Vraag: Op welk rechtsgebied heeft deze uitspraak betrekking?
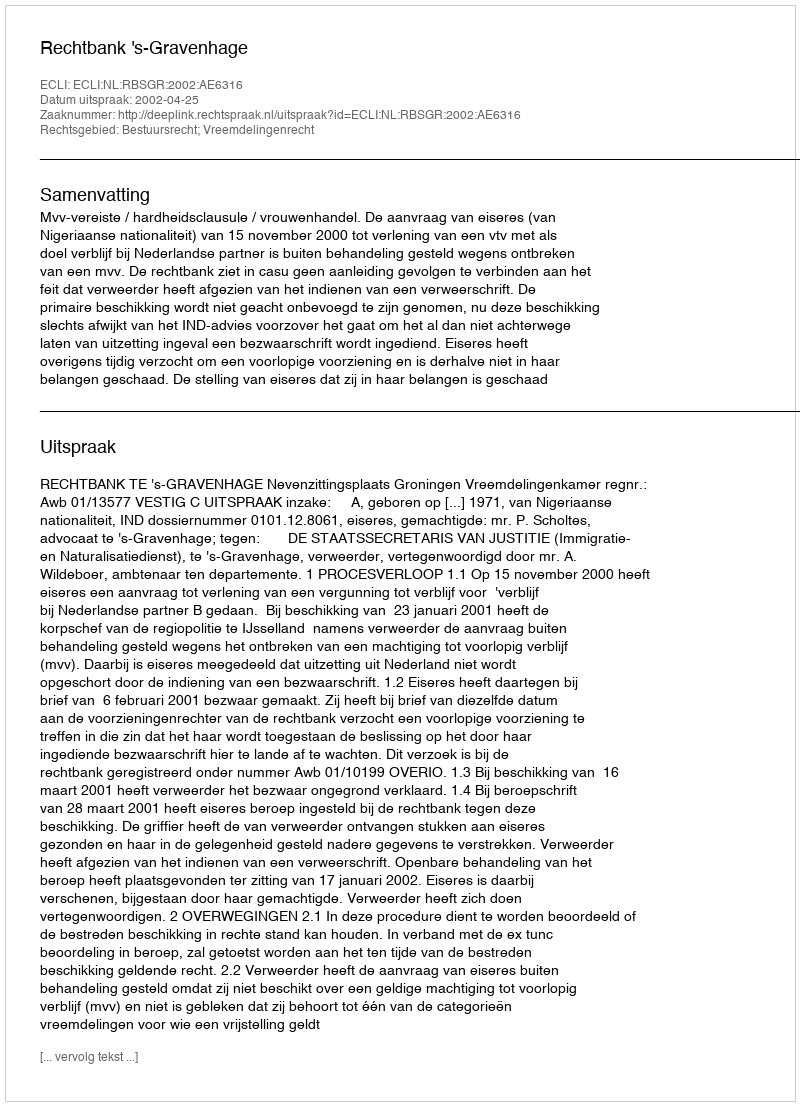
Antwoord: Bestuursrecht; Vreemdelingenrecht